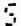
S